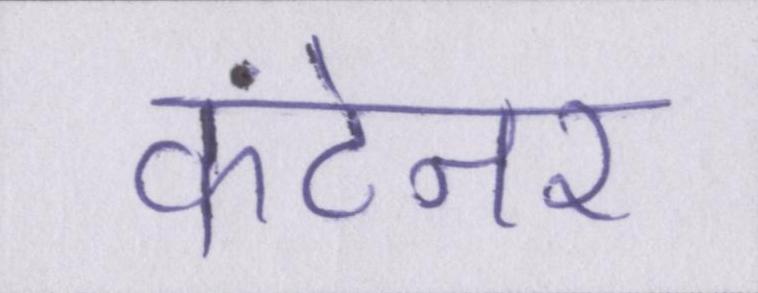
कंटेनर